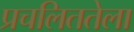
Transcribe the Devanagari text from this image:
प्रचलिततेला